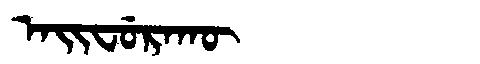
Manchu: ᠠᡳᠸᡠᡵᠠᡴᡡ
Romanization: AIFURAKŪ